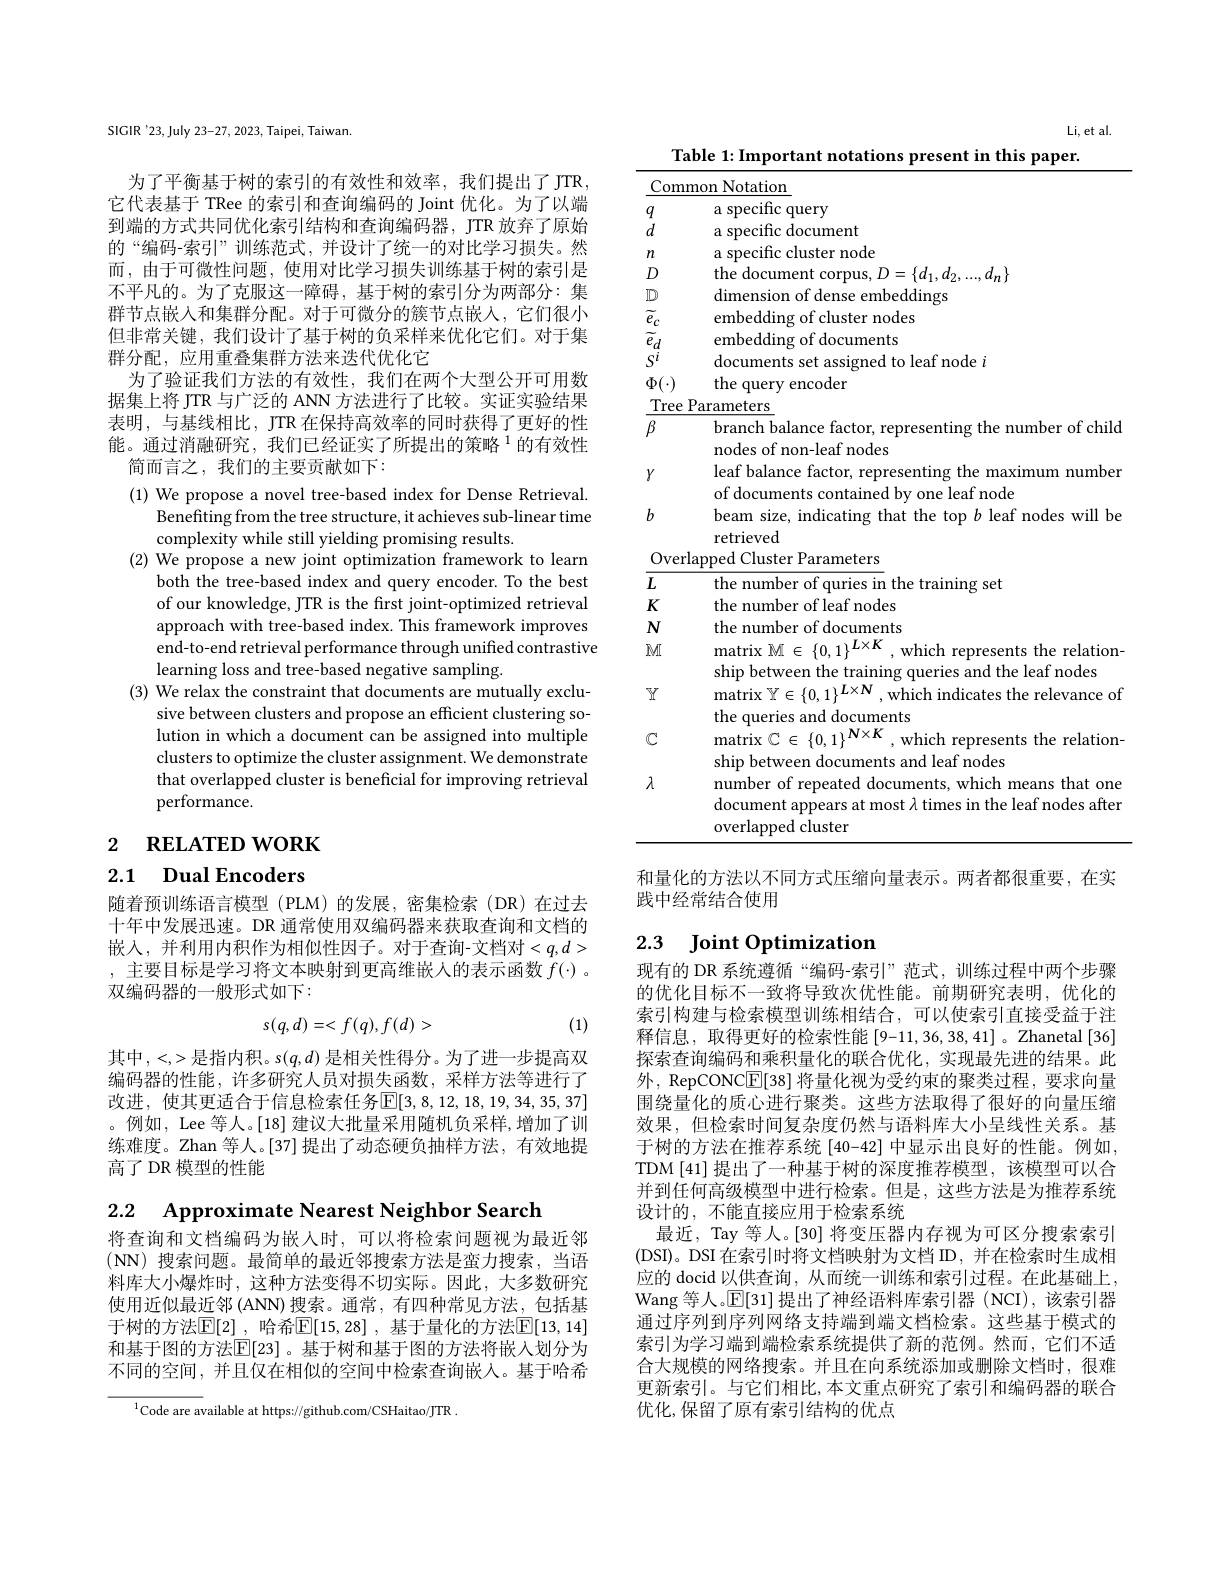
SIGIR'23, July 23-27, 2023, Taipei, Taiwan.

为了平衡基于树的索引的有效性和效率，我们提出了JTR， 它代表基于 TRee 的索引和查询编码的 Joint 优化。为了以端到端的方式共同优化索引结构和查询编码器，JTR 放弃了原始的“编码-索引”训练范式，并设计了统一的对比学习损失。然而 , 由于可微性问题，使用对比学习损失训练基于树的索引是不平凡的。为了克服这一障碍，基于树的索引分为两部分：集群节点嵌入和集群分配。对于可微分的簇节点嵌人，它们很小但非常关键，我们设计了基于树的负采样来优化它们。对于集群分配，应用重叠集群方法来迭代优化它
为了验证我们方法的有效性，我们在两个大型公开可用数据集上将 JTR 与广泛的 ANN 方法进行了比较。实证实验结果表明，与基线相比，JTR 在保持高效率的同时获得了更好的性能。通过消融研究，我们已经证实了所提出的策略$^{1}$的有效性
简而言之，我们的主要贡献如下：

(1) We propose a novel tree-based index for Dense Retrieval.
Benefiting from the tree structure, it achieves sub-linear time
complexity while still yielding promising results.
(2) We propose a new joint optimization framework to learn
both the tree-based index and query encoder. To the best of our knowledge, JTR is the first joint-optimized retrieval approach with tree-based index. This framework improves end-to-end retrieval performance through unified contrastive learning loss and tree-based negative sampling.
(3) We relax the constraint that documents are mutually exclu-
sive between clusters and propose an efficient clustering solution in which a document can be assigned into multiple clusters to optimize the cluster assignment. We demonstrate that overlapped cluster is beneficial for improving retrieval performance.

2 RELATED WORK

# 2.1 Dual Encoders

随着预训练语言模型 (PLM)的发展，密集检索(DR)在过去十年中发展迅速。DR 通常使用双编码器来获取查询和文档的嵌入，并利用内积作为相似性因子。对于查询-文档对$<q,d>$ , 主要目标是学习将文本映射到更高维嵌人的表示函数$f(\cdot)$ 。双编码器的一般形式如下：

(1)
$$s(q,d)=<f(q),f(d)>$$
其中，<,>是指内积。$s(q,d)$是相关性得分。为了进一步提高双编码器的性能，许多研究人员对损失函数，采样方法等进行了改进，使其更适合于信息检索任务$\mathbb{E}[3,8,12,18,19,34,35,37]$ 。例如，Lee 等人。[18] 建议大批量采用随机负采样，增加了训练难度。Zhan 等人。[37]提出了动态硬负抽样方法，有效地提高了 DR 模型的性能

2.2 Approximate Nearest Neighbor Search

将查询和文档编码为嵌人时，可以将检索问题视为最近邻(NN) 搜索问题。最简单的最近邻搜索方法是蛮力搜索，当语料库大小爆炸时，这种方法变得不切实际。因此，大多数研究使用近似最近邻 (ANN) 搜索。通常，有四种常见方法，包括基于树的方法$\mathbb{E}[2]$, 哈希$\mathbb{E}[15,28]$, 基于量化的方法$\mathbb{E}[13,14]$ 和基于图的方法$\mathbb{E}[23]$ 。基于树和基于图的方法将嵌入划分为不同的空间，并且仅在相似的空间中检索查询嵌入。基于哈希

$^{1}$Code are available at https://github.com/CSHaitao/JTR

Li, et al.
<table>
	<tbody>
		<tr>
			<th>$\underline{Comr}$</th>
			<th>mon 1Notation</th>
		</tr>
		<tr>
			<th>$q$</th>
			<th>a specific query</th>
		</tr>
		<tr>
			<td>$d$</td>
			<td>a snecific $c$ document</td>
		</tr>
		<tr>
			<td>$n$</td>
			<td>a specific cluster node</td>
		</tr>
		<tr>
			<td>$D$</td>
			<td>the docume $d_{\mathrm{n}}\}$</td>
		</tr>
		<tr>
			<td>$\mathbb{D}$</td>
			<td>dimensior embeddings</td>
		</tr>
		<tr>
			<td>$\tilde{e}_c$</td>
			<td>embedding of cluster nodes</td>
		</tr>
		<tr>
			<td>$\tilde{e}_{d}$ $\because$ </td>
			<td>embedding of documents</td>
		</tr>
		<tr>
			<td>$S^i$</td>
			<td>docume $\operatorname*{leaf}$node $i$</td>
		</tr>
		<tr>
			<td>$\Phi_{1}$ 1</td>
			<td>the query encoder</td>
		</tr>
		<tr>
			<td>Tree</td>
			<td>Parameters</td>
		</tr>
		<tr>
			<td>$\beta$</td>
			<td>branch balance factor, representing the number of child nodes of non-leaf nodes</td>
		</tr>
		<tr>
			<td>$Y$</td>
			<td>leaf balance factor, representing the maximum number of documents contained by one leaf node</td>
		</tr>
		<tr>
			<td>$b$</td>
			<td>beam size, indicating leaf nodes will be</td>
		</tr>
		<tr>
			<td>Overl</td>
			<td>ameters</td>
		</tr>
		<tr>
			<td>$L$</td>
			<td>the number training set</td>
		</tr>
		<tr>
			<td>$K$</td>
			<td>the number of leaf nodes</td>
		</tr>
		<tr>
			<td>$N$</td>
			<td>the num $\operatorname{documents}$</td>
		</tr>
		<tr>
			<td>$FMI$</td>
			<td>$\operatorname*{matrix}\mathbb{M}\in\{0,1\}$ which represents the relation leaf nodes</td>
		</tr>
		<tr>
			<td>$Y$</td>
			<td>matrix $\mathbb{Y} \in \{ 0, 1\} ^{L\times N}$,which indicates the relevance of the queries and documents</td>
		</tr>
		<tr>
			<td>$\mathbb{C}$</td>
			<td>$\operatorname*{matrix}\mathbb{C}\in\{0,1\}^{\boldsymbol{N}\times\boldsymbol{K}}$ , which represents the relation- ship between documents and leaf nodes</td>
		</tr>
		<tr>
			<td>$\lambda$</td>
			<td>number of repeated documents, which means that one document appears at most $\lambda$ times in the leaf nodes after overlapped cluster</td>
		</tr>
	</tbody>
</table>

和量化的方法以不同方式压缩向量表示。两者都很重要，在实
践中经常结合使用

## 2.3 Joint Optimization

现有的 DR 系统遵循“编码-索引”范式，训练过程中两个步骤的优化目标不一致将导致次优性能。前期研究表明，优化的索引构建与检索模型训练相结合，可以使索引直接受益于注释信息，取得更好的检索性能$\left[9-11,36,38,41\right]$。Zhanetal[36] 探索查询编码和乘积量化的联合优化，实现最先进的结果。此外，RepCONC$\boxed{\mathrm{E}}[38]$将量化视为受约束的聚类过程，要求向量围绕量化的质心进行聚类。这些方法取得了很好的向量压缩效果，但检索时间复杂度仍然与语料库大小呈线性关系。基于树的方法在推荐系统[40-42] 中显示出良好的性能。例如， TDM [41] 提出了一种基于树的深度推荐模型，该模型可以合并到任何高级模型中进行检索。但是，这些方法是为推荐系统设计的，不能直接应用于检索系统
最近，Tay 等人。[30] 将变压器内存视为可区分搜索索引(DSI)。DSI 在索引时将文档映射为文档 ID,并在检索时生成相应的 docid 以供查询，从而统一训练和索引过程。在此基础上， Wang 等人。$\mathbb{E}[31]$提出了神经语料库索引器 (NCI),该索引器通过序列到序列网络支持端到端文档检索。这些基于模式的索引为学习端到端检索系统提供了新的范例。然而，它们不适合大规模的网络搜索。并且在向系统添加或删除文档时，很难更新索引。与它们相比，本文重点研究了索引和编码器的联合优化，保留了原有索引结构的优点